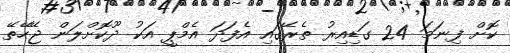
ކޮށް ފިނަމަ 24 ގަޑިއިރު ތެރޭގައި އެފަދަ އެމްޕީ އަކު ދޫކޮށްލަން ޖޭހޭތޭ